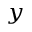
_ y